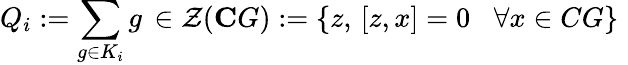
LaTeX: Q_{i}:=\sum_{g\in K_{i}}g\, \in\mathcal{Z}(\mathbf{C}G):=\left\{ z,\, \left[z,x\right]=0\, \, \, \, \, \forall x\in CG\right\} \, \,